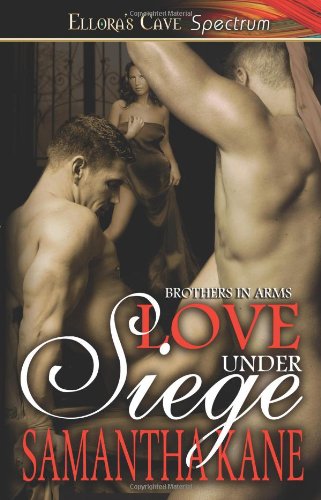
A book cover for Love Under Siege (Brothers in Arms, Book 2); Samantha Kane; Romance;